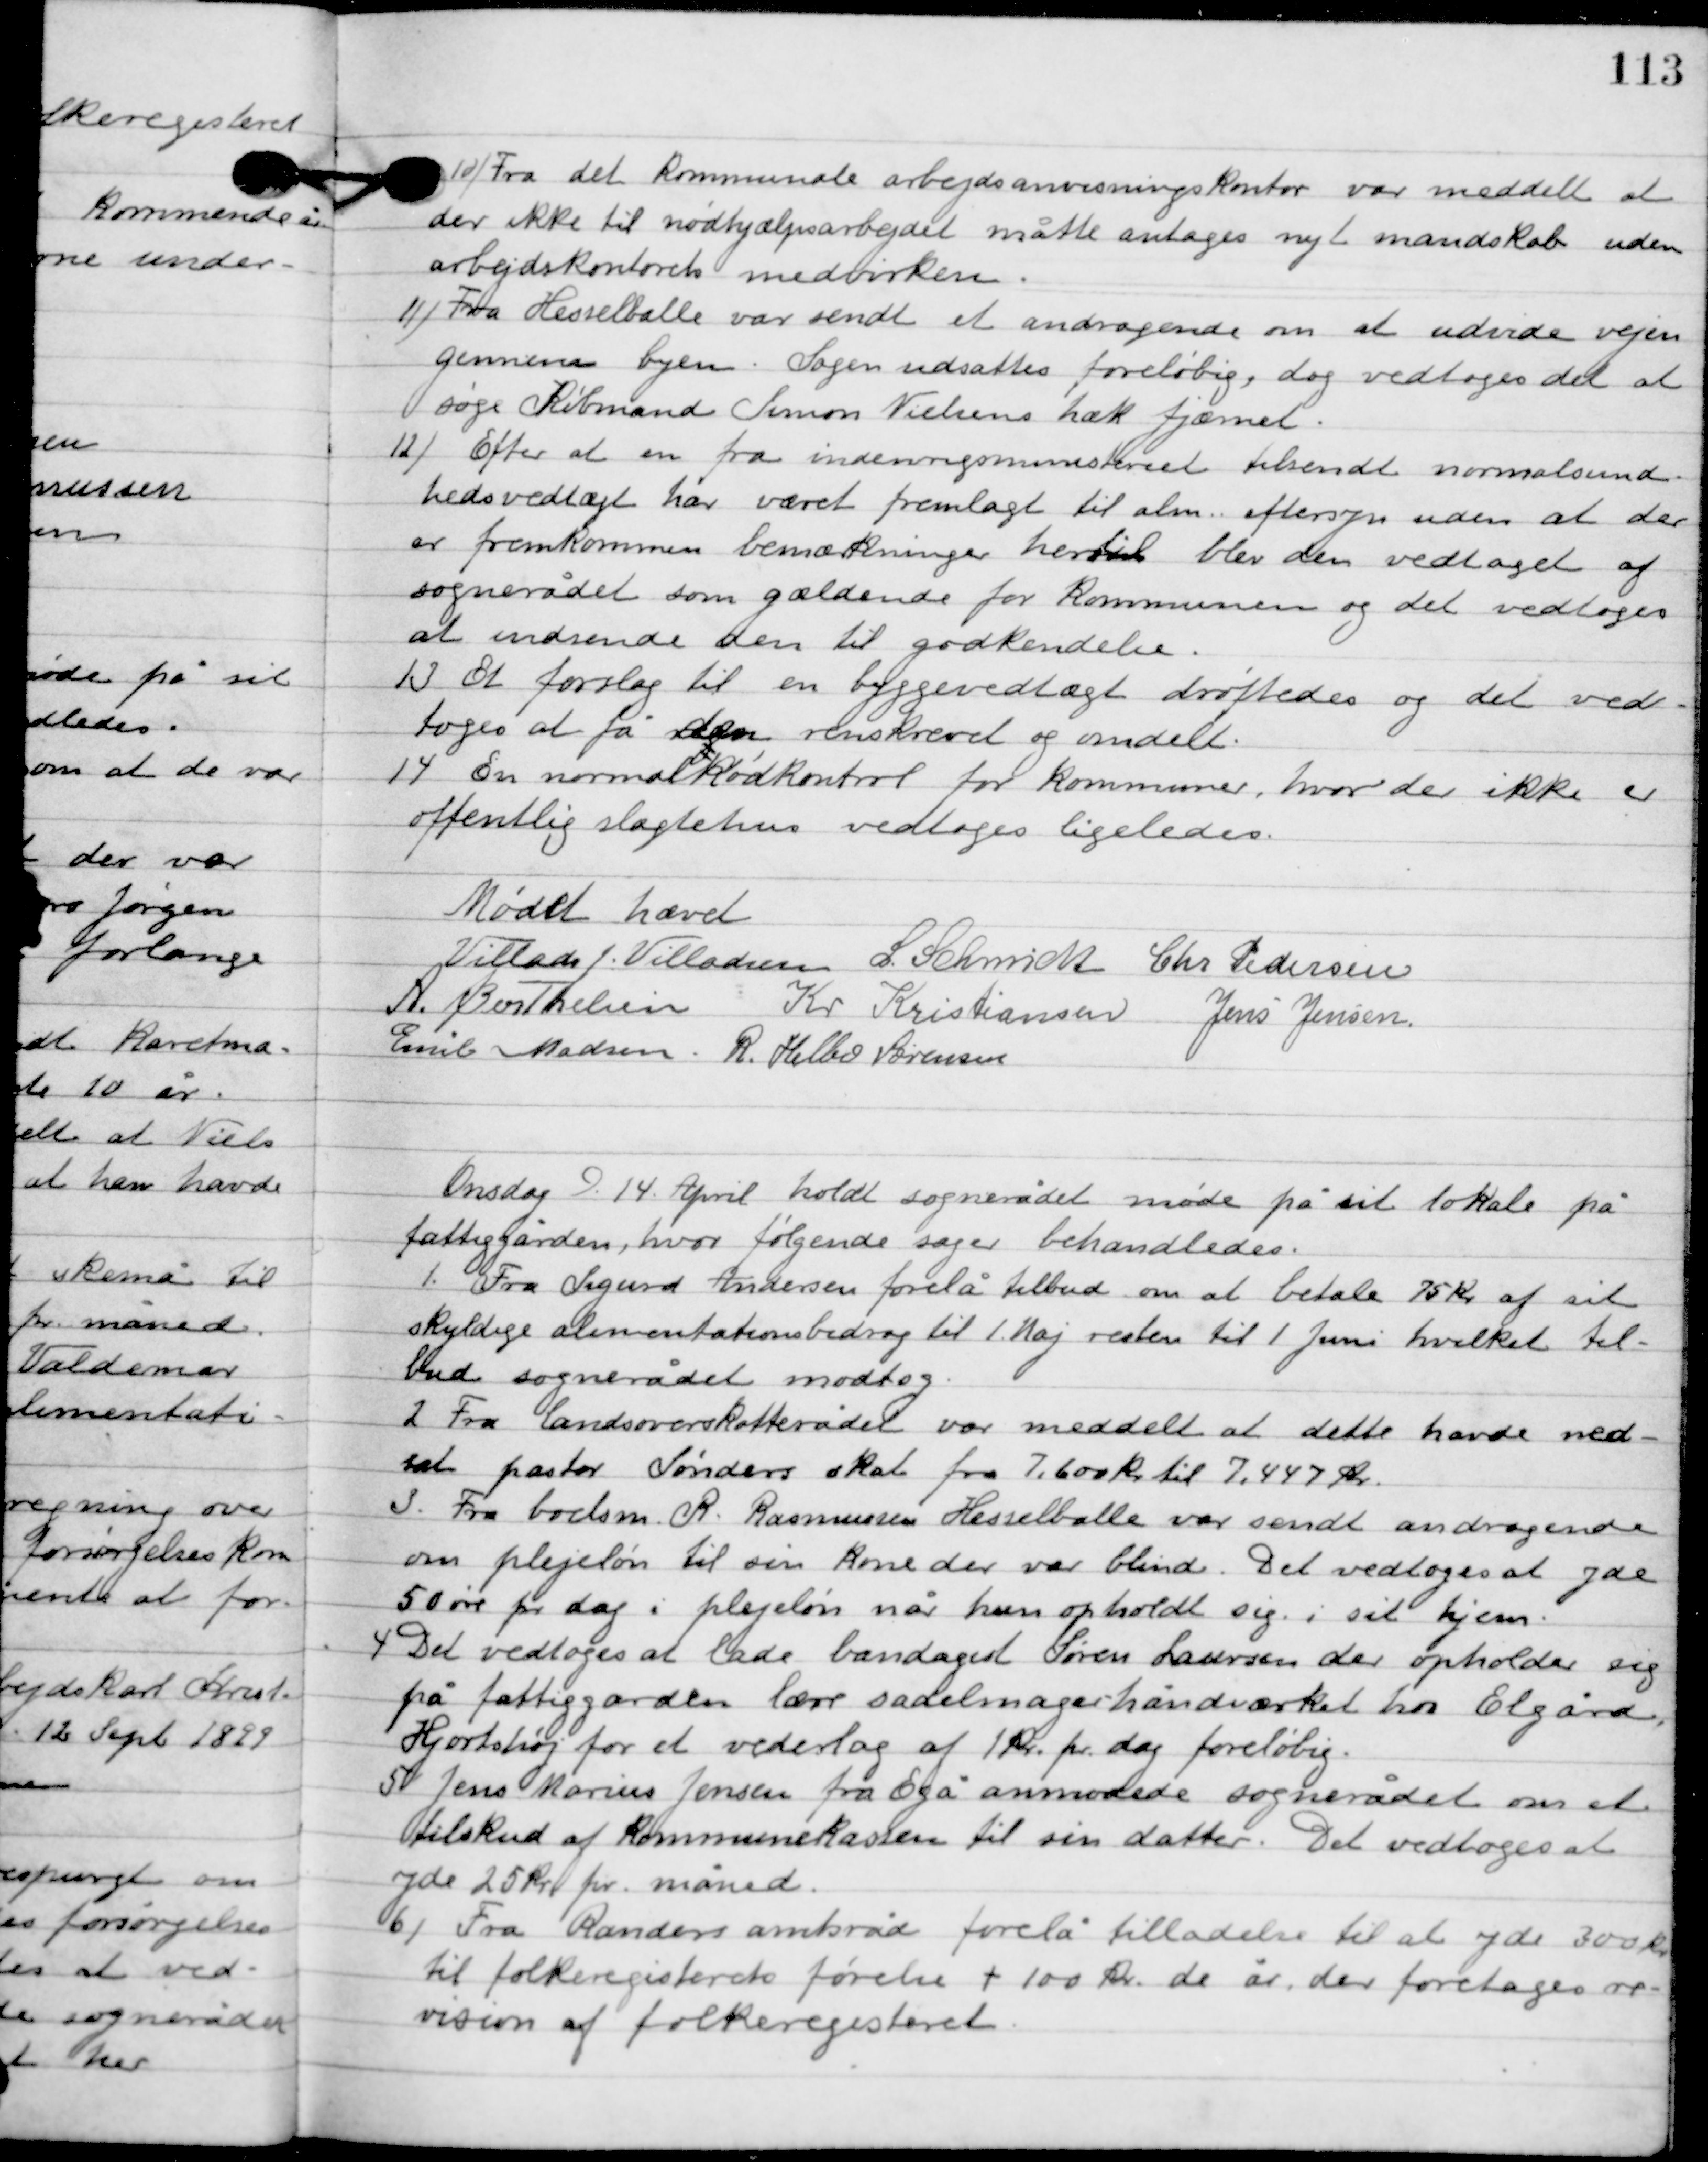
Transskription:
10

Fra det kommunale arbejdsanvisningskontor var meddelt at
der ikke til nødhjælpsarbejder måtte antages nyt mandskab uden
arbejdeskontorets medvirken.

11

Fra Hesselballe var sendt et andragende om at udvide vejen
gennem byen. Sagen udsattes foreløbig, dog vedtoges det at
søge Købmand Simon Nielsens hæl fjærnet.

12

Efter at en fra indenrigsministeriets tilsendt normalsund-
hedsvedtægt har været fremlagt til alm. eftersyn uden at der
er fremkommen bemærkninger hertil blev den vedtaget af
sognerådet som gældende for kommunen og det vedtoges
at indsende den til godkendelse.

13

Et forslag til en byggevedtægt drøftedes og det ved-
toges at få den renskrevet og omdelt.

14

En normalkødkontrol for kommuner, hvor der ikke er
offentlig slagtehus vedtoges ligeledes.

Mødet hævet.

Villads J. Villadsen
I. Schmidt
Chr. Pedersen
A. Berthelsen
Kr. Kristiansen
Jens Jensen
Emil Madsen
R. Helbo Sørensen

Onsdag D. 14. April holdt sognerådet møde på sit lokale på
fattiggården, hvor følgende sager behandledes.

1

Fra Sigurd Andersen forelå tilbud om at betale 75 kr. af sit
skyldige alimentationsbidrag til 1. Maj restyen til 1. Juni hvilket til-
bud sognerådet modtog.

2

Fra landsretsskatterådet var meddelt at dette havde ned-
sat pastor Sønders skat fra 7,600 kr. til 7.447 kr.

3

Fra boelsm. R. Rasmussen Hesselballe var sendt andragende
om plejeløn til sin kone der er blind. Det vedtoges at yde
50 øre pr. dag i plejeløn når hun opholdt sig i sit hjem.

4

Det vedtoges at lade bandagist Søren Laursen der opholder sig
på fattiggården lære sadelmagerhåndværket hos Elgård
Hjortshøj for et vederlag af 1 kr. pr. dag foreløbig.

5

Jens Marius Jensen fra Egå anmodede sognerådet om et
tilskud af kommunekassen til sin datter. Det vedtoges at
yde 25 kr. pr. måned.

6

Fra Randers amtsråd forelå tilladelse til at yde 300 kr.
til folkeregisterets førelse + 100 kr. de år, der foretages re-
vision af folkeregistret.